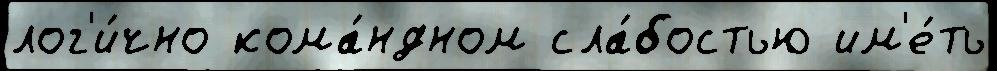
лог'и́чно кома́ндном сла́бостью им'е́ть